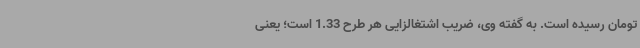
تومان رسیده است. به گفته وی، ضریب اشتغالزایی هر طرح 1.33 است؛ یعنی